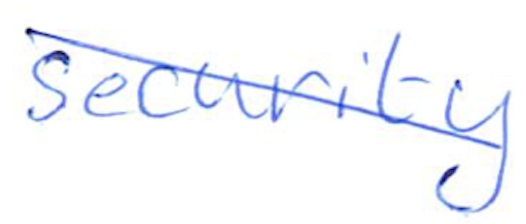
Text: security
Cross-out: diagonal
Writing tool: ballpoint